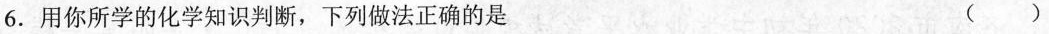
6.用你所学的化学知识判断，下列做法正确的是（）